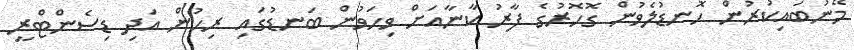
މޭނުބައިކުރުން ހޮނޑުލެވުން ގޮހޮރުގެ ފާރު ކާނާއަށް ވިހަވުން ބަނޑުގައި ރިހުން އަދި ޑިސެންޓްރީ